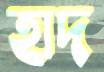
হাদ